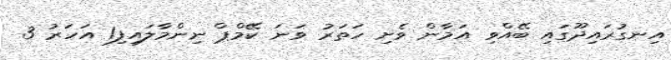
އިނގުރައިދޫގައި ބޭއްވި އަމާން ވެށި ހަތަރު ވަނަ ކޭމްޕް ނިންމާލައިފި1 އަހަރު 3